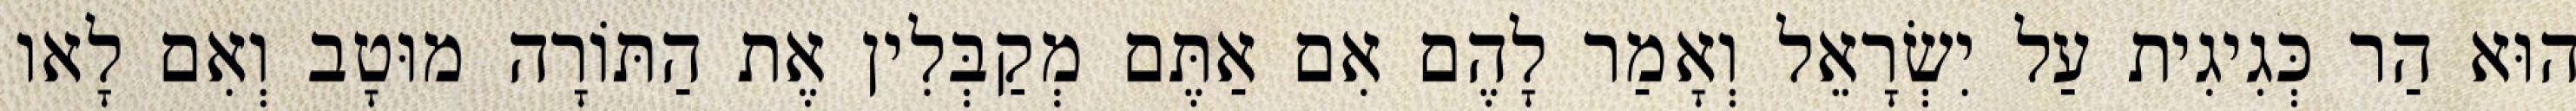
הוּא הַר כְּגִיגִית עַל יִשְׂרָאֵל וְאָמַר לָהֶם אִם אַתֶּם מְקַבְּלִין אֶת הַתּוֹרָה מוּטָב וְאִם לָאו